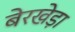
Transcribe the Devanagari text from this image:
बेरखेड़ा